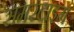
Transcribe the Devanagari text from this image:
समरटाइम